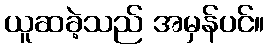
ယူဆခဲ့သည် အမှန်ပင်။